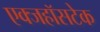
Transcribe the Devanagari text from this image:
एक्जहॉसटेक